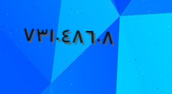
٧٣١٠٤٨٦٠٨